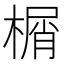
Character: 榍